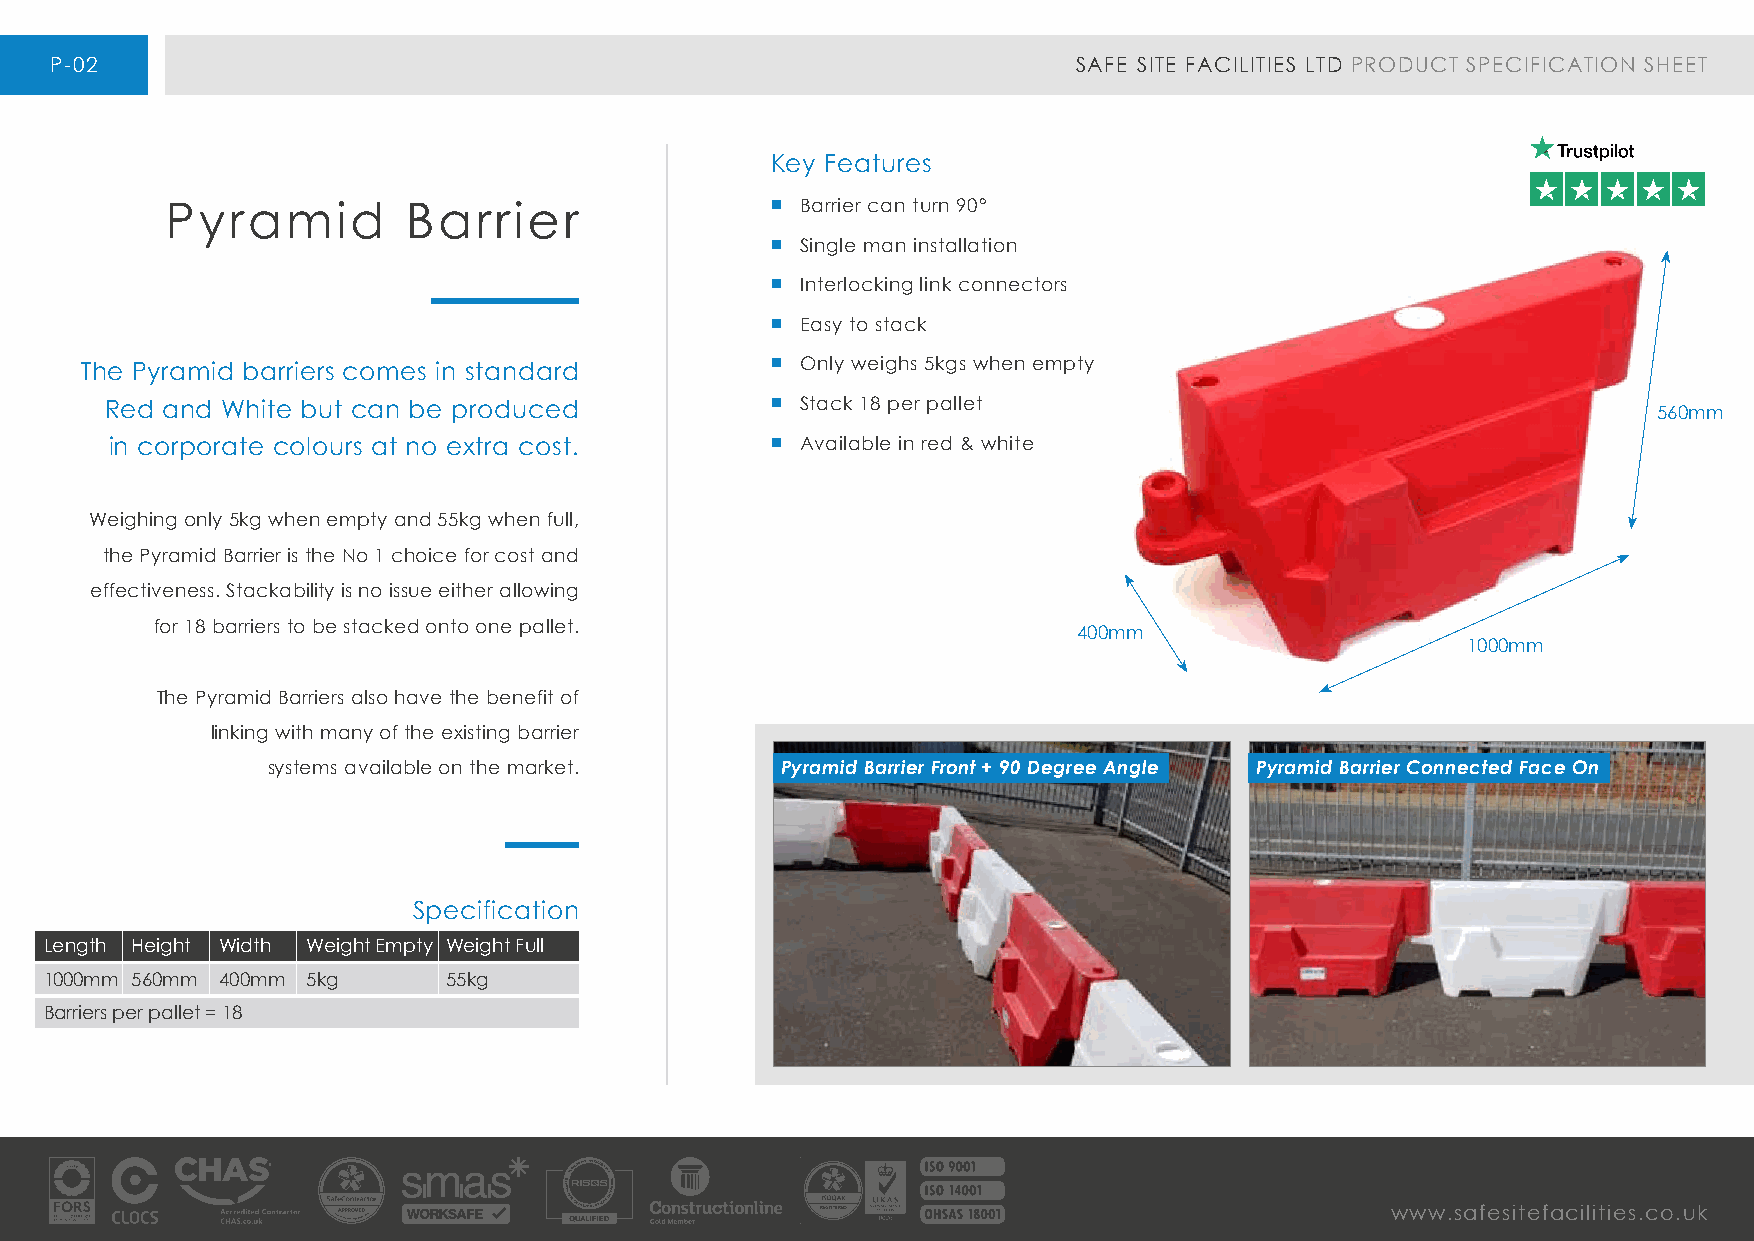
P-02                                                                SAFE SITE FACILITIES LTD PRODUCT SPECIFICATION SHEET
 Key Features
 Pyramid         Barrier                 n Barrier can turn 90°
 n Single man installation
 n Interlocking link connectors
 n Easy to stack
 The Pyramid barriers comes in standard        n Only weighs 5kgs when empty
 Red and White but can be produced           n Stack 18 per pallet                                      560mm
 in corporate colours at no extra cost.      n Available in red & white
 Weighing only 5kg when empty and 55kg when full,
 the Pyramid Barrier is the No 1 choice for cost and
 effectiveness. Stackability is no issue either allowing
 for 18 barriers to be stacked onto one pallet.
 400mm
 1000mm
 The Pyramid Barriers also have the benefit of
 linking with many of the existing barrier
 systems available on the market.  Pyramid Barrier Front + 90 Degree Angle Pyramid Barrier Connected Face On
 Specification
 Length Height Width Weight Empty Weight Full
 1000mm 560mm 400mm 5kg     55kg
 Barriers per pallet = 18
 www.safesitefacilities.co.uk